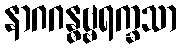
နာဂဂန္ဓဗ္ဗရက္ခသာ